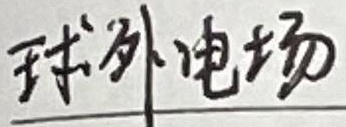
球外电场